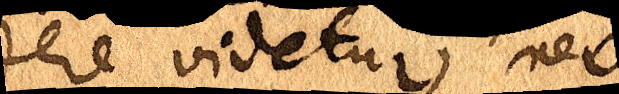
dere videtur, nec